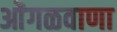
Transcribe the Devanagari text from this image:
ओंगळवाणा